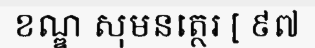
ខណ្ឌ សុមនត្ថេរ [ ៩៧